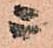
ニ